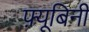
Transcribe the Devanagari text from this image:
फ़्यूबिनी